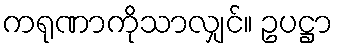
ကရုဏာကိုသာလျှင်။ ဥပဋ္ဌာ